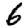
Digit: 6